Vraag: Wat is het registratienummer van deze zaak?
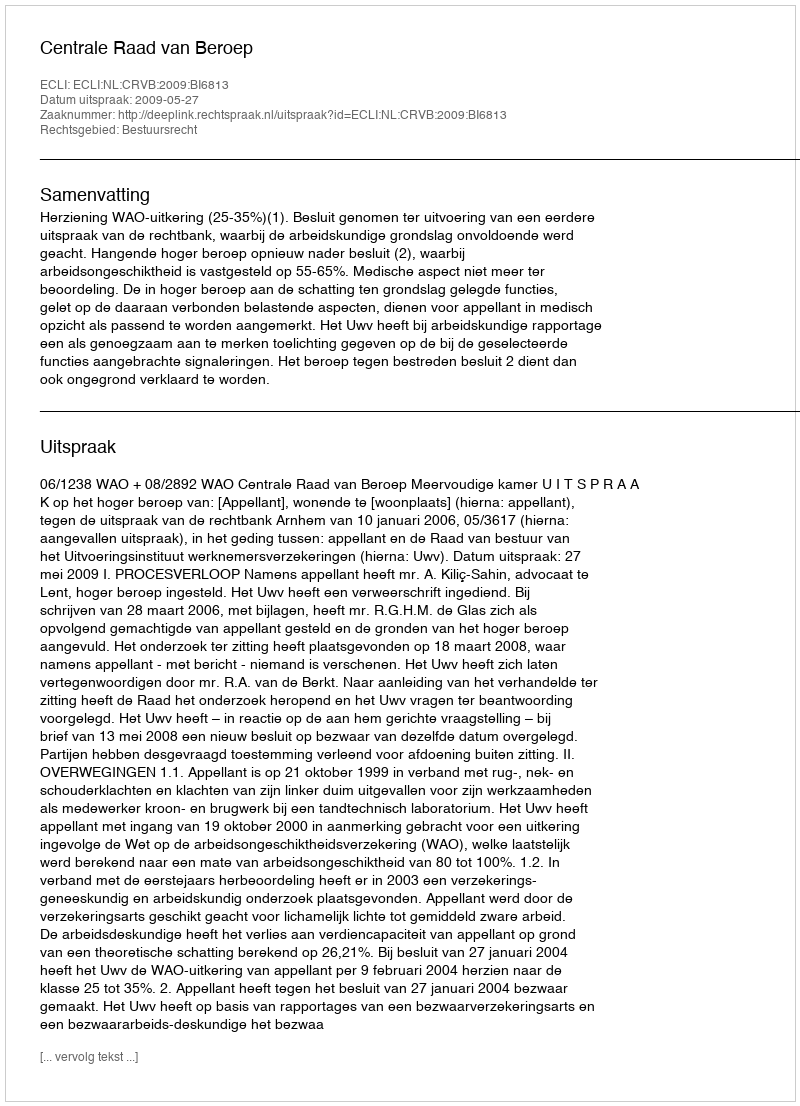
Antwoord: http://deeplink.rechtspraak.nl/uitspraak?id=ECLI:NL:CRVB:2009:BI6813